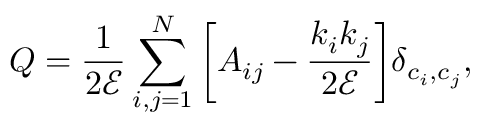
Q = \frac { 1 } { 2 \mathcal { E } } \sum _ { i , j = 1 } ^ { N } \bigg [ A _ { i j } - \frac { k _ { i } k _ { j } } { 2 \mathcal { E } } \bigg ] \delta _ { c _ { i } , c _ { j } } ,